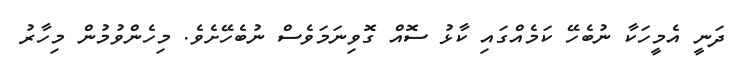
ދަނީ އެމީހަކާ ނުބެހޭ ކަމެއްގައި ކާޅު ސޮއް ގޮވިނަމަވެސް ނުބެހޭށެވެ. މިހެންވުމުން މިހާރު